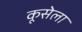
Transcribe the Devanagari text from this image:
कूसेला